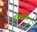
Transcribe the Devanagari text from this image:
दंतशाण